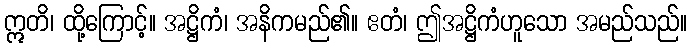
ဣတိ၊ ထို့ကြောင့်။ အဋ္ဌိကံ၊ အနိကမည်၏။ ဧတံ၊ ဤအဋ္ဌိကံဟူသော အမည်သည်။